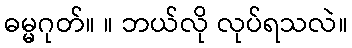
ဓမ္မဂုတ်။ ။ ဘယ်လို လုပ်ရသလဲ။